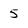
Character: 5